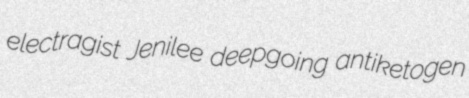
electragist Jenilee deepgoing antiketogen